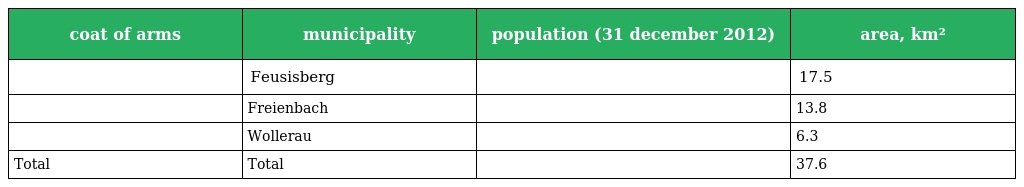
| coat of arms | municipality | population (31 december 2012) | area, km² |
 | --- | --- | --- | --- |
 |  | Feusisberg |  | 17.5 |
 |  | Freienbach |  | 13.8 |
 |  | Wollerau |  | 6.3 |
 | Total | Total |  | 37.6 |